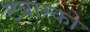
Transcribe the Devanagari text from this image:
टबास्को